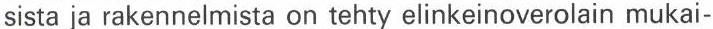
sista ja rakennelmista on tehty elinkeinoverolain mukai-